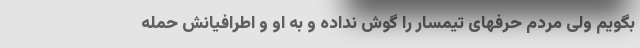
بگویم ولی مردم حرفهای تیمسار را گوش نداده و به او و اطرافیانش حمله